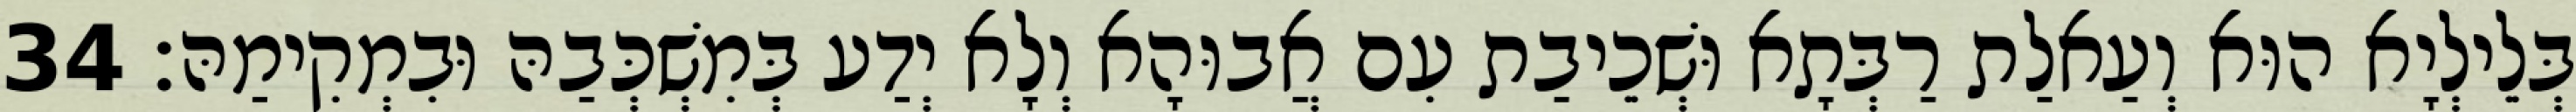
בְּלֵילְיָא הוּא וְעַאלַת רַבְּתָא וּשְׁכֵיבַת עִם אֲבוּהָא וְלָא יְדַע בְּמִשְׁכְּבַהּ וּבִמְקִימַהּ׃ 34